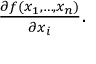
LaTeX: \textstyle { \frac { \partial f ( x _ { 1 } , \ldots , x _ { n } ) } { \partial x _ { i } } } .